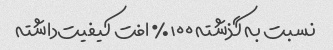
نسبت به گذشته ۱۰۰‎٪ افت کیفیت‌داشته